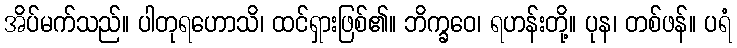
အိပ်မက်သည်။ ပါတုရဟောသိ၊ ထင်ရှားဖြစ်၏။ ဘိက္ခဝေ၊ ရဟန်းတို့။ ပုန၊ တစ်ဖန်။ ပရံ